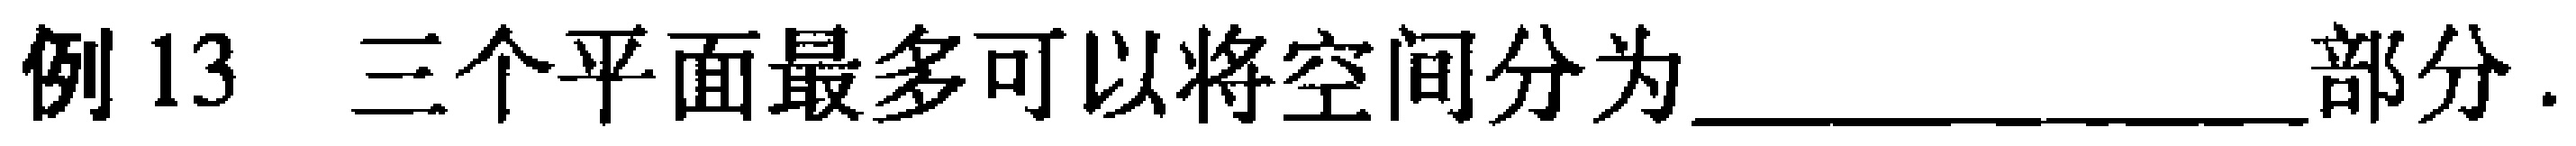
例13 三个平面最多可以将空间分为____________部分.